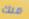
منك